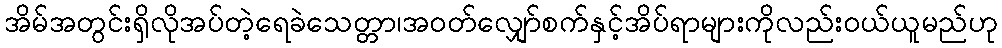
အိမ်အတွင်းရှိလိုအပ်တဲ့ရေခဲသေတ္တာ၊အဝတ်လျှော်စက်နှင့်အိပ်ရာများကိုလည်းဝယ်ယူမည်ဟု